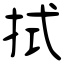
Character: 拭